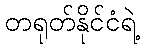
တရုတ်နိုင်ငံရဲ့